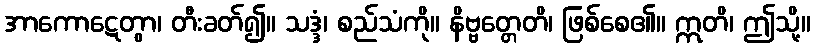
အာကောဋေတွာ၊ တီးခတ်၍။ သဒ္ဒံ၊ စည်သံကို။ နိဗ္ဗတ္တေတိ၊ ဖြစ်စေ၏။ ဣတိ၊ ဤသို့။